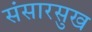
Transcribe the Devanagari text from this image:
संसारसुख